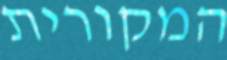
המקורית